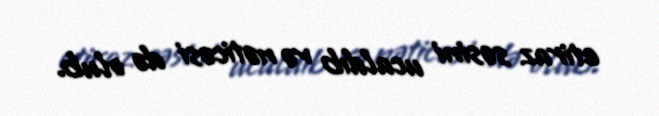
etiraz səsini ucaldıb və nəticəsi də olub.